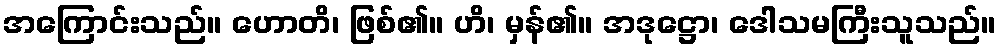
အကြောင်းသည်။ ဟောတိ၊ ဖြစ်၏။ ဟိ၊ မှန်၏။ အဒုဋ္ဌော၊ ဒေါသမကြီးသူသည်။